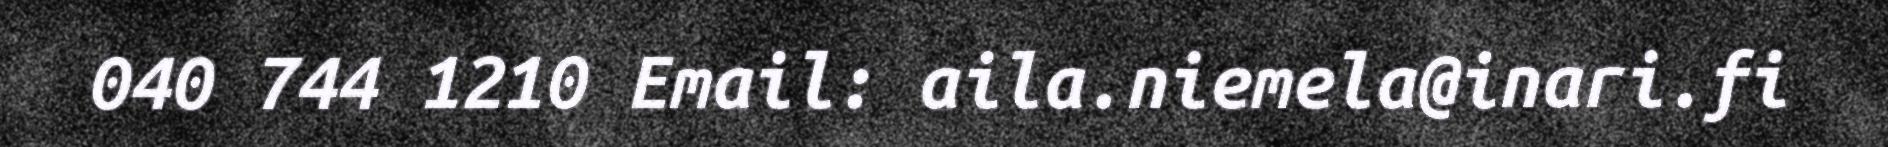
040 744 1210 Email: aila.niemela@inari.fi